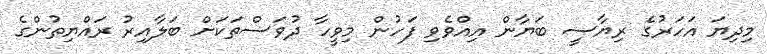
މިދިޔަ އަހަރުގެ ރިޔާސީ ބަޔާން އިއްވެވި ފަހުން މިވީހާ ދުވަސްތަކަށް ބަލާއިރު ރައްޔިތުންގެ